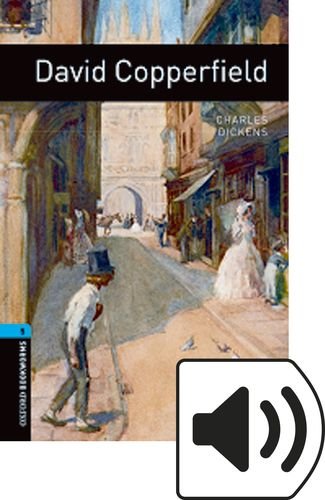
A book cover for Oxford Bookworms Library: David Copperfield: Level 5: 1,800 Word Vocabulary (Oxford Bookworms Library: Stage 5); Charles Dickens; Teen & Young Adult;